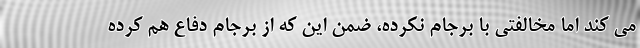
می کند اما مخالفتی با برجام نکرده، ضمن این که از برجام دفاع هم کرده